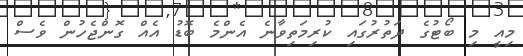
މިއީ މި ބޯޓުގެ ދަތުރުގައި ކުރިމަތިވާނެ އެންމެ ބޮޑު އެއް ގޮންޖެހުން ވެސް